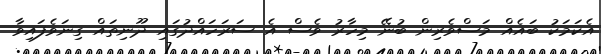
އެކަމަކު ބައެއް މަސްވެރިން ބުނޭ މިހާރު ވެސް އެ ސަރަހައްދުގައި ދޫނިތައް ގިނަވެފައިވާ